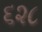
૬૨૮